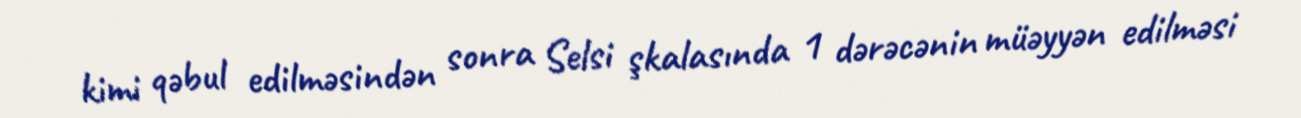
kimi qəbul edilməsindən sonra Selsi şkalasında 1 dərəcənin müəyyən edilməsi